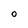
Character: O